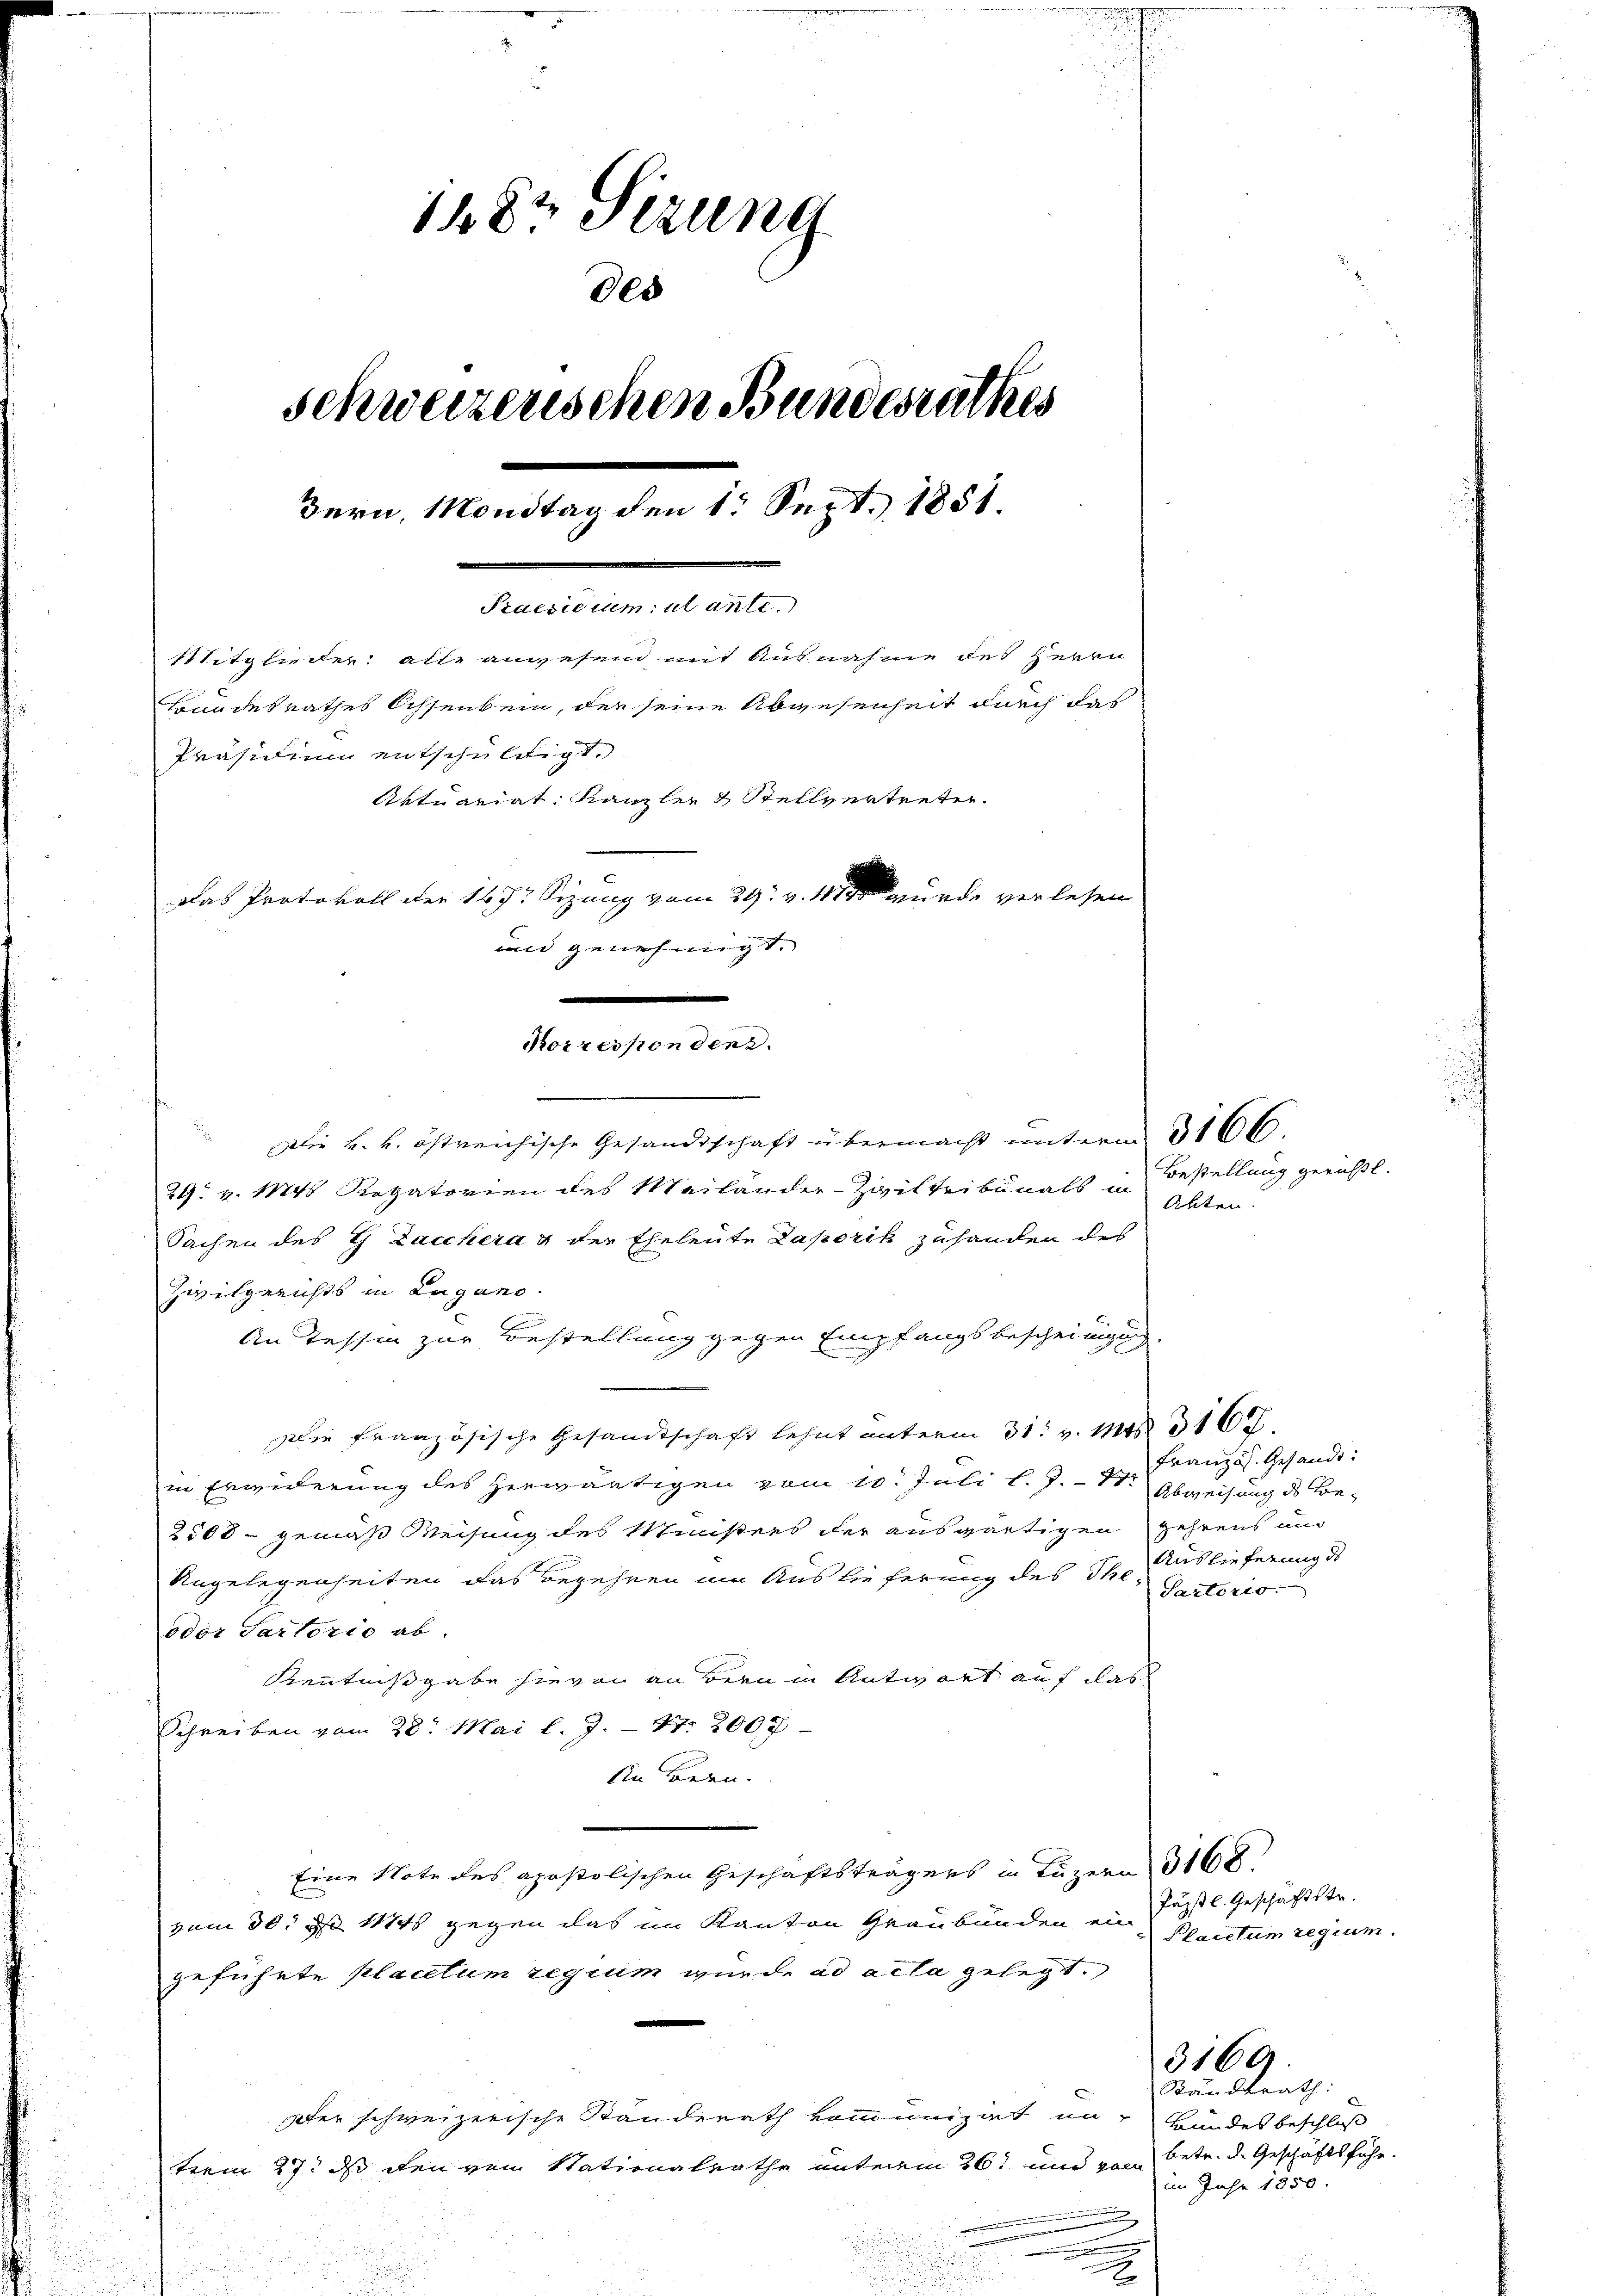
1882 Sizung
des
schweizerischen Bundesrathes
Bern, Mondtag den 1. Sept. 1851.
Praesidium: ut ante.
Mitglieder: alle anwesend mit Ausnahme des Herrn
Bundesrathes Ochsenbein, der seine Abwesenheit durch das
Präsidium entschuldigt.
Aktuariat Kanzler & Stellvertreten.
Das Protokoll der 1672 Sizung vom 29. v. 1881 wurde verlesen
und genehmigt.
d

Korrespondenu.

Die k. k. östreichische Gesandtschaft übermacht unterm 3166.
29. v. 1848 Rotatorien des Mailänder-Ziviltribunals in
Sachen des G Lacchera g der Eheleute Laporik zuhanden des
Zwitgerichts in Lugano.
An Tessin zur Bestellung gegen Empfangsbescheinigung
Die französische Gesandtschaft lehnt unterm 31. v. Mai 16.
in Erwiderung des herwärtigen vom 10. Juli l. J. 17.
2508 - gemäß Weisung des Ministers der ausgärtigen gehrens und
Angelegenheiten das Begehren um Auslieferung des The
odor Partorio ab.
Kenntnißgabe hievon an Bern in Antwort auf das
Schreiben vom 28. Mai l. J. – 17. 2007
din Bern.
Eine Note des apostolischen Geschäftsträgers in Luzern 3168.
vom 30. d. Mts gegen das im Kanton Graubünden, ein
geführte placetum regium wurde ad acta gelegt.
pfer schweizerische Ständerath kommunizirt in Bundesbeschloß
term 27. ds den vom Stationalrathe unterm 26t und von Betr. d. Geschäftsführ

Bestellung geruht.
Akten.

Französ. Gesandt:
Abweisung des Be-
Auslieferung de
Partoris

Päpstl. Geschäftstr.
Plaictum regium.

Standtrath:
im Jahr 1850.

3160)